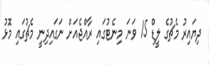
ދިޔައިރު މެޗުގެ ލީޑް 15 ވަނަ މިނެޓުގައި ރާއްޖެއަށް ނަގައިދިނީ މެޗުގައި މޮޅު